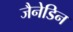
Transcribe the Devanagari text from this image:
जैनेडिन